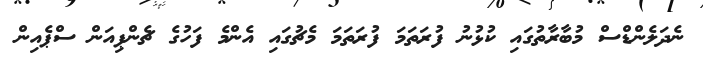
ނެދަލެންޑްސް މުބާރާތުގައި ކުޅުނު ފުރަތަމަ ފުރަތަމަ މެޗުގައި އެންމެ ފަހުގެ ޗެންޕިއަން ސްޕެއިން